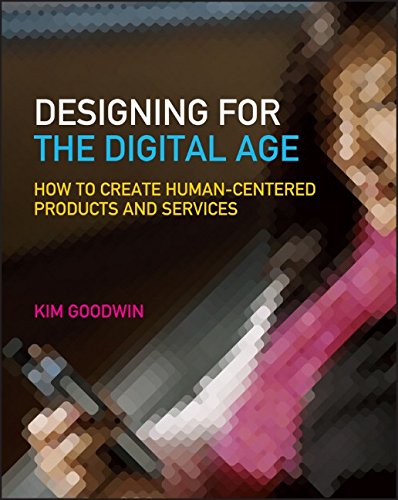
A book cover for Designing for the Digital Age: How to Create Human-Centered Products and Services; Kim Goodwin; Computers & Technology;